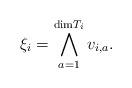
LaTeX: \begin{align*} \xi_i = \bigwedge_{a=1}^{\mathrm{dim} T_i} v_{i,a} .\end{align*}